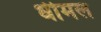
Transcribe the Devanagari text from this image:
धीमल